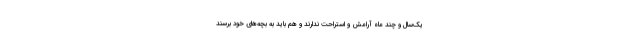
یک‌سال و چند ماه آرامش و استراحت ندارند و هم باید به بچه‌های خود برسند